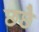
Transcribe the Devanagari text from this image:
छछै